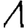
Digit: 1